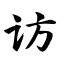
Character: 访